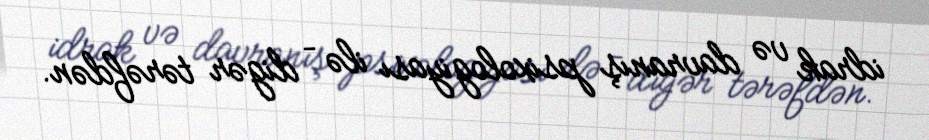
idrak və davranış psixologiyası ilə – digər tərəfdən.